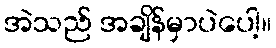
အဲသည် အချိန်မှာပဲပေါ့။